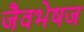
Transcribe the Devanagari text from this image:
जैवभेषज